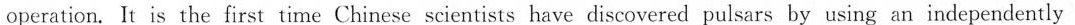
operation. It is the first time Chinese scientists have discovered pulsars by using an independently